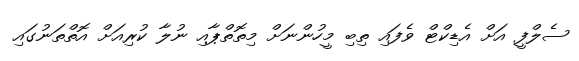
ސެލްފީ އަށް އެޑިކްޓް ވެފައި ތިބި މީހުންނަށް މިތޮތްޕާއި ނުލާ ކުރިއަށް އޮތްތަނުގައި